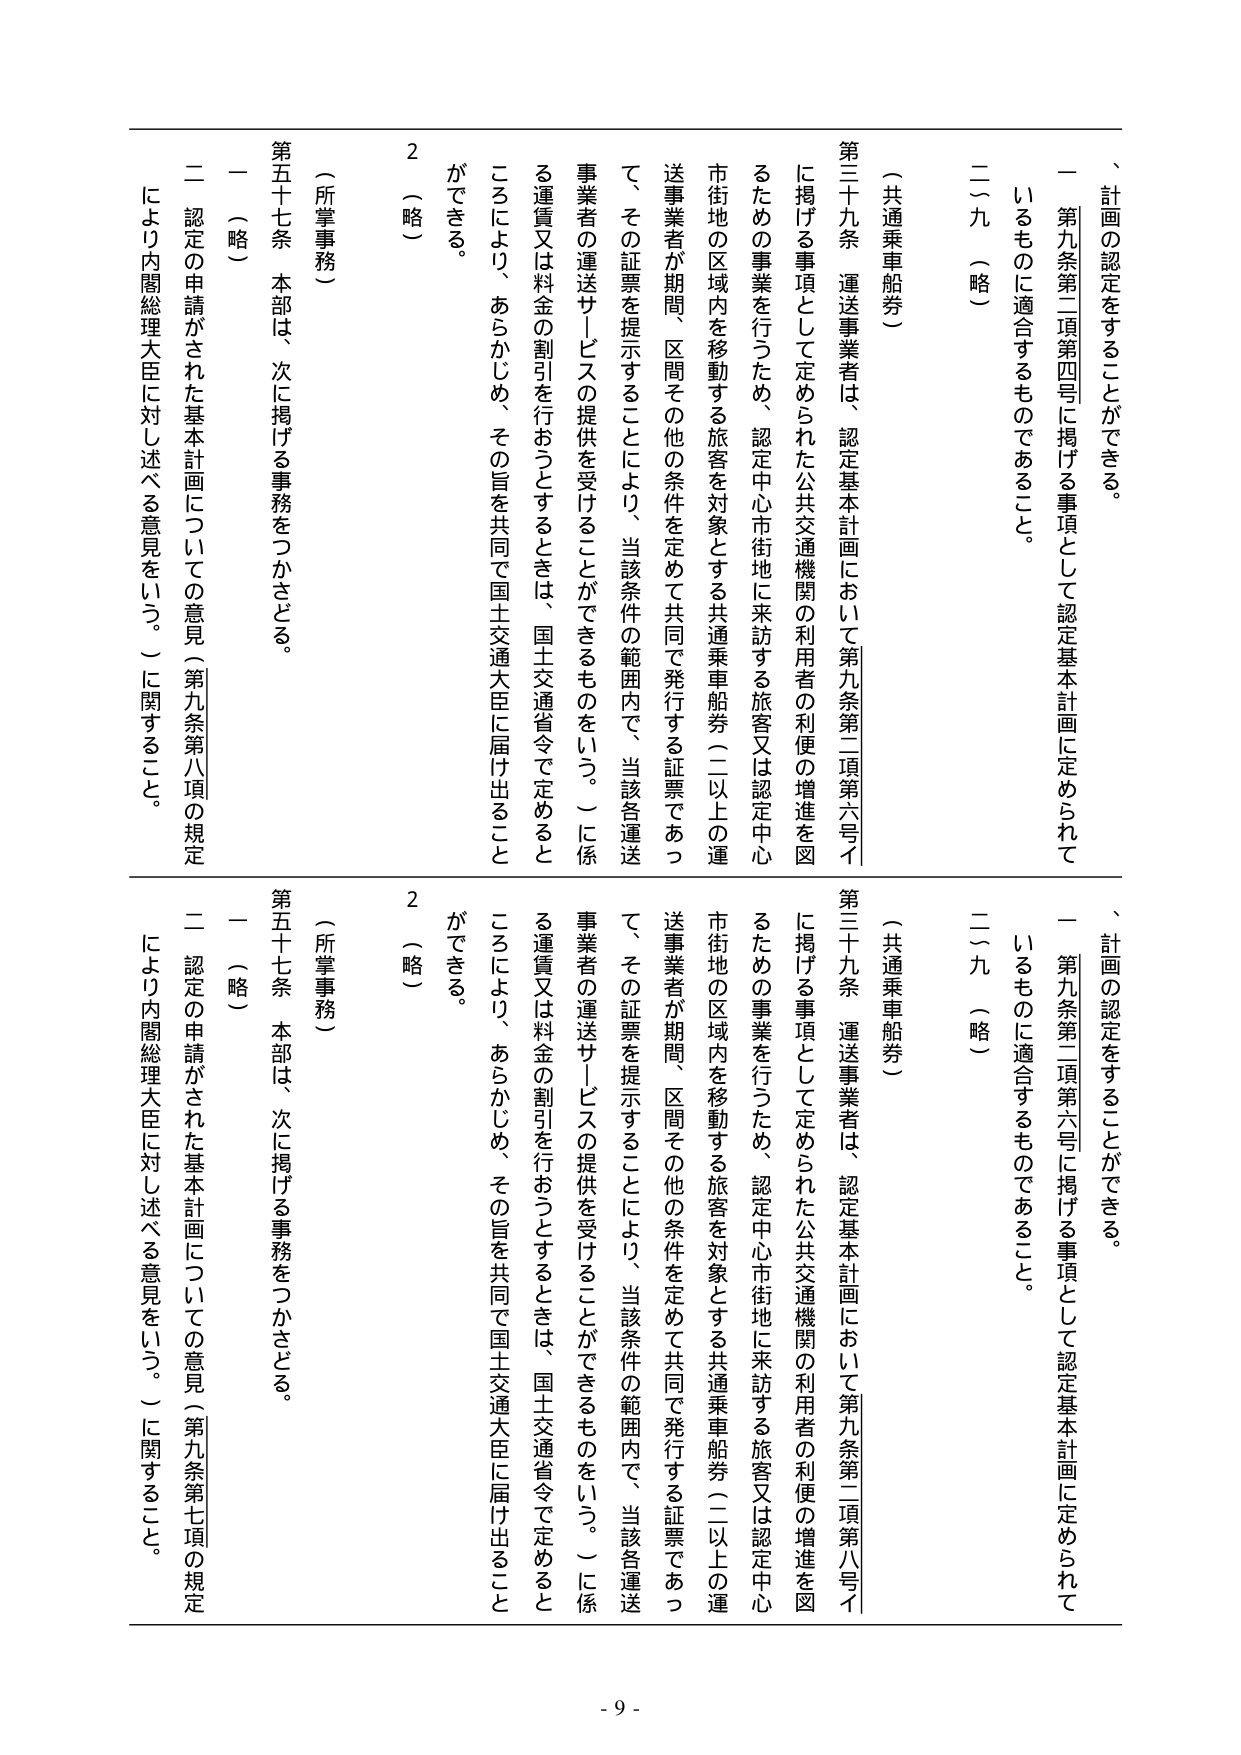
、計画の認定をすることができる。
一 第九条第二項第四号に掲げる事項として認定基本計画に定められて
いるものに適合するものであること。
二～九（略）
（共通乗車船券）
第三十九条 運送事業者は、認定基本計画において第九条第二項第六号イ
に掲げる事項として定められた公共交通機関の利用者の利便の増進を図
るための事業を行うため、認定中心市街地に来訪する旅客又は認定中心
市街地の区域内を移動する旅客を対象とする共通乗車船券（二以上の運
送事業者が期間、区間その他の条件を定めて共同で発行する証票であっ
て、その証票を提示することにより、当該条件の範囲内で、当該各運送
事業者の運送サービスの提供を受けることができるものをいう。）に係
る運賃又は料金の割引を行おうとするときは、国土交通省令で定めると
ころにより、あらかじめ、その旨を共同で国土交通大臣に届け出ること
ができる。
2 （略）
（所掌事務）
第五十七条 本部は、次に掲げる事務をつかさどる。
一 （略）
二 認定の申請がされた基本計画についての意見（第九条第八項の規定
により内閣総理大臣に対し述べる意見をいう。）に関すること。

、計画の認定をすることができる。
一 第九条第二項第六号に掲げる事項として認定基本計画に定められて
いるものに適合するものであること。
二～九（略）
（共通乗車船券）
第三十九条 運送事業者は、認定基本計画において第九条第二項第八号イ
に掲げる事項として定められた公共交通機関の利用者の利便の増進を図
るための事業を行うため、認定中心市街地に来訪する旅客又は認定中心
市街地の区域内を移動する旅客を対象とする共通乗車船券（二以上の運
送事業者が期間、区間その他の条件を定めて共同で発行する証票であっ
て、その証票を提示することにより、当該条件の範囲内で、当該各運送
事業者の運送サービスの提供を受けることができるものをいう。）に係
る運賃又は料金の割引を行おうとするときは、国土交通省令で定めると
ころにより、あらかじめ、その旨を共同で国土交通大臣に届け出ること
ができる。
2 （略）
（所掌事務）
第五十七条 本部は、次に掲げる事務をつかさどる。
一 （略）
二 認定の申請がされた基本計画についての意見（第九条第七項の規定
により内閣総理大臣に対し述べる意見をいう。）に関すること。

- 9 -